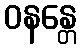
ဝနန္တေ